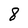
Character: 8